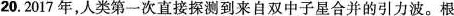
20.2017年，人类第一次直接探测到来自双中子星合并的引力波。根